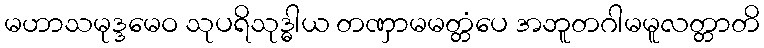
မဟာသမုဒ္ဒမေဝ သုပရိသုဒ္ဓါယ တဏှာမမတ္တံပေ အဘူတဂါမမူလတ္တာတိ